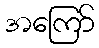
အကြော်